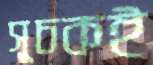
সূচকই